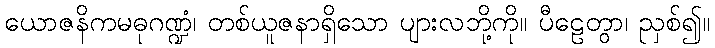
ယောဇနိကမဓုဂဏ္ဍံ၊ တစ်ယူဇနာရှိသော ပျားလဘို့ကို။ ပီဠေတွာ၊ ညှစ်၍။